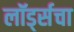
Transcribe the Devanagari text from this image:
लॉर्ड्सचा